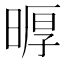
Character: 𪰲